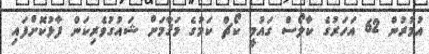
އުމުރުން 62 އަހަރުގެ ކާލޯސް ގައުމީ ކޯޗް ކަމުގެ މަޤާމަށް ޝައުގުވެރިކަން ފާޅުކޮށްފައި